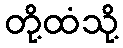
တို့ထံသို့